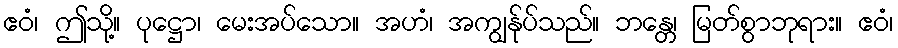
ဧဝံ၊ ဤသို့။ ပုဋ္ဌော၊ မေးအပ်သော။ အဟံ၊ အကျွန်ုပ်သည်။ ဘန္တေ၊ မြတ်စွာဘုရား။ ဧဝံ၊